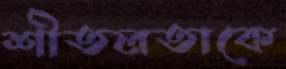
শীতলতাকে